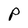
Character: P